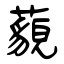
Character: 藐